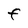
Character: F